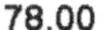
78.00